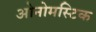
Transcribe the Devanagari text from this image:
ओनोमस्टिक